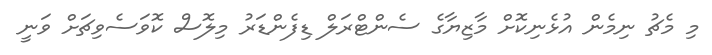
މި މެޗު ނިމެން އުޅެނިކޮށް މާޒިޔާގެ ސެންޓްރަލް ޑިފެންޑަރު މިލޮސް ކޮވަސެވިޗަށް ވަނީ